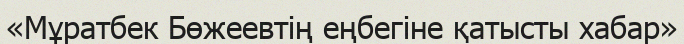
«Мұратбек Бөжеевтің еңбегіне қатысты хабар»